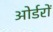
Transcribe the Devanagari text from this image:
ओर्डरों